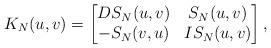
LaTeX: \begin{align*} K_{N}(u, v) = \begin{bmatrix} DS_{N}(u, v) & S_{N}(u, v)\\ -S_{N}(v, u) & IS_{N}(u, v) \end{bmatrix}, \end{align*}